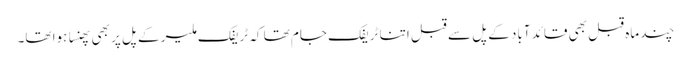
چند ماہ قبل بھی قائد آباد کے پل سے قبل اتنا ٹریفک جام تھا کہ ٹریفک ملیر کے پل پر بھی پھنسا ہوا تھا۔